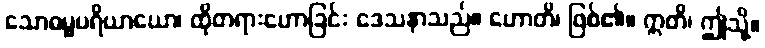
သောဓမ္မပရိယာယော၊ ထိုတရားဟောခြင်း ဒေသနာသည်။ ဟောတိ၊ ဖြစ်၏။ ဣတိ၊ ဤသို့။